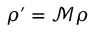
\rho ^ { \prime } = \mathcal { M } \rho